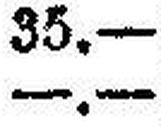
—.—